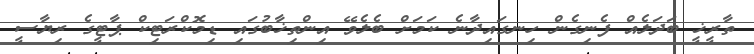
ތާރީޚީ ބަދަލެއް ފެނިގެން ހިނގައިދާނެ ކަމަށް ބެލެވޭ އިންތިޚާބުގައި ޑިމޮކްރަޓިކް ޕާޓީގެ ރިޔާސީ